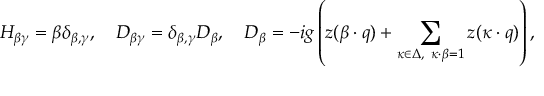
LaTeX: H _ { \beta \gamma } = \beta \delta _ { \beta , \gamma } , \quad D _ { \beta \gamma } = \delta _ { \beta , \gamma } D _ { \beta } , \quad D _ { \beta } = - i g \left( z ( \beta \cdot q ) + \sum _ { \kappa \in \Delta , \ \kappa \cdot \beta = 1 } z ( \kappa \cdot q ) \right) ,